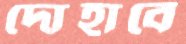
দোহাবে